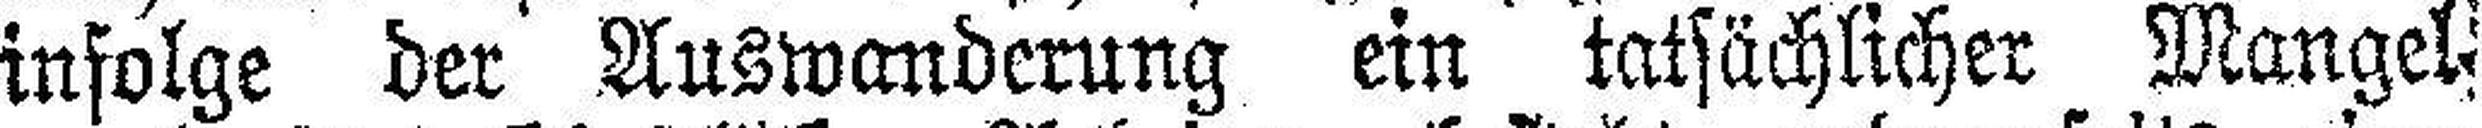
infolge der Auswanderung ein tatsächlicher Mangel